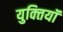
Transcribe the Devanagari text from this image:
युक्‍तियॉं